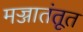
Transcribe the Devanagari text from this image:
मज्जातंतूत